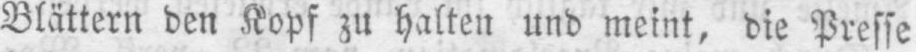
Blättern den Kopf zu halten und meint, die Presse